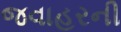
જવાહરની